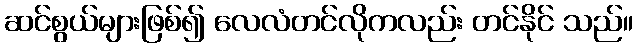
ဆင်စွယ်များဖြစ်၍ လေလံတင်လိုကလည်း တင်နိုင် သည်။